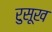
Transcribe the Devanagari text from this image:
रुसूख